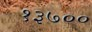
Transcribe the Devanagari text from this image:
१३७००